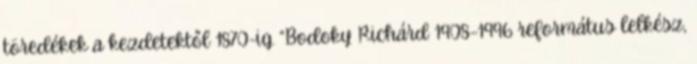
töredékek a kezdetektől 1870-ig. “Bodoky Richárd 1908–1996 református lelkész,